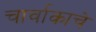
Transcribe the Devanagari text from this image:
चार्वाकाचे